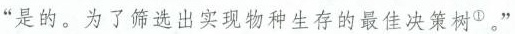
“是的。为了筛选出实现物种生存的最佳决策树①。”